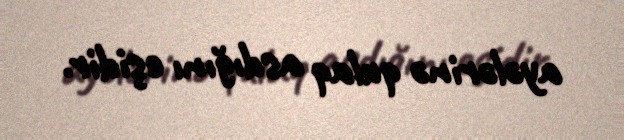
ayələrinə qulaq asdığını eşidir.